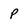
Character: P